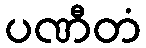
ပဏီတံ